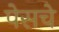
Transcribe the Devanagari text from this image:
पेसचे